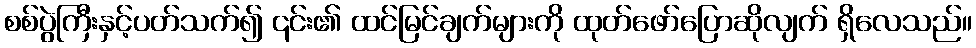
စစ်ပွဲကြီးနှင့်ပတ်သက်၍ ၎င်း၏ ထင်မြင်ချက်များကို ထုတ်ဖော်ပြောဆိုလျက် ရှိလေသည်။